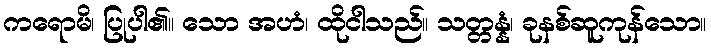
ကရောမိ၊ ပြုပါ၏။ သော အဟံ၊ ထိုငါသည်။ သတ္တန္နံ၊ ခုနစ်ဆူကုန်သော။